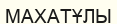
МАХАТҰЛЫ